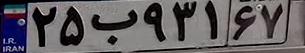
۲۵ب۹۳۱۶۷